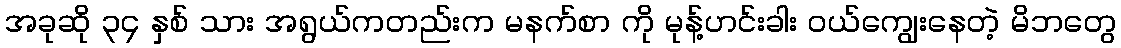
အခုဆို ၃၄ နှစ် သား အရွယ်ကတည်းက မနက်စာ ကို မုန့်ဟင်းခါး ဝယ်ကျွေးနေတဲ့ မိဘတွေ